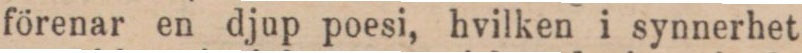
förenar en djup poesi, hvilken i synnerhet